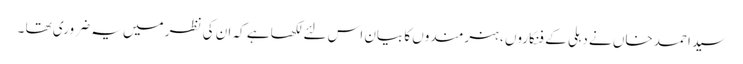
سید احمد خاں نے دہلی کے فنکاروں ، ہنرمندوں کا بیان اس لئے لکھا ہے کہ ان کی نظر میں یہ ضروری تھا ۔